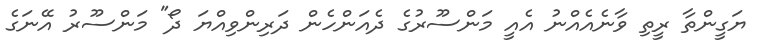
ޔަގީންތާ ރީތި ވާނެއެއްނު އެއީ މަންސޫރުގެ ދެއަންހެން ދަރިންވިއްޔަ ދޯ" މަންސޫރު އޭނަގެ